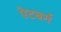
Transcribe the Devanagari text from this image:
ऐटबर्ग